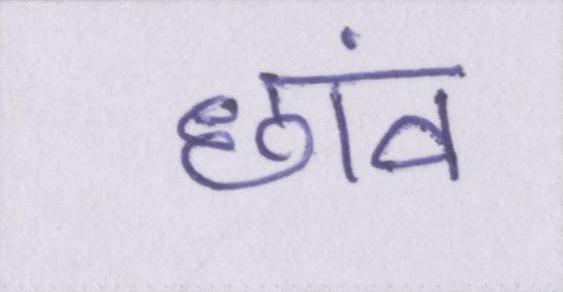
छांव